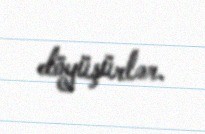
döyüşürlər.